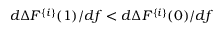
d \Delta F ^ { \{ i \} } ( 1 ) / d f < d \Delta F ^ { \{ i \} } ( 0 ) / d f